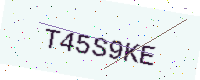
Text: T45S9KE